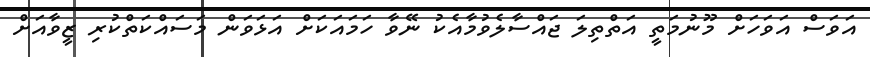
އަވަސް އަވަހަށް މޫނުމަތީ އަތްތިލަ ޖައްސާލެވުމާއެކު ނޭވާ ހަމައަކަށް އަޅަވަން މަސައްކަތްކުރި ޒީވާއަށް